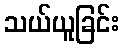
သယ်ယူခြင်း